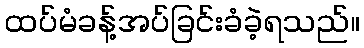
ထပ်မံခန့်အပ်ခြင်းခံခဲ့ရသည်။